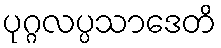
ပုဂ္ဂလပ္ပသာဒေတိ